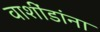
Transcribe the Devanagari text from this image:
वाशींडांना